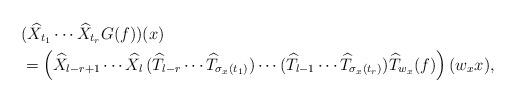
LaTeX: \begin{align*}& (\widehat{X}_{t_{1}}\cdots \widehat{X}_{t_{r}}G(f))(x) \\ &=\left(\widehat{X}_{l-r+1}\cdots \widehat{X}_{l}\,(\widehat{T}_{l-r}\cdots \widehat{T}_{\sigma_{x}(t_{1})})\cdots (\widehat{T}_{l-1}\cdots \widehat{T}_{\sigma_{x}(t_{r})})\widehat{T}_{w_{x}}(f)\right)(w_{x}x), \end{align*}